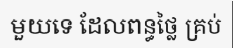
មួយទេ ដែលពន្ធថ្លៃ គ្រប់